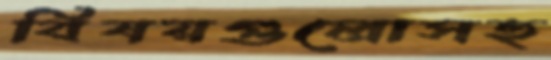
বিষয়গুলোসহ